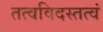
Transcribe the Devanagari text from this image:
तत्वविदस्तत्वं